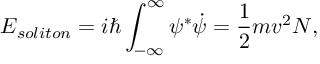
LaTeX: E _ { s o l i t o n } = i \hbar \int _ { - \infty } ^ { \infty } \psi ^ { * } \dot { \psi } = \frac { 1 } { 2 } m v ^ { 2 } N ,